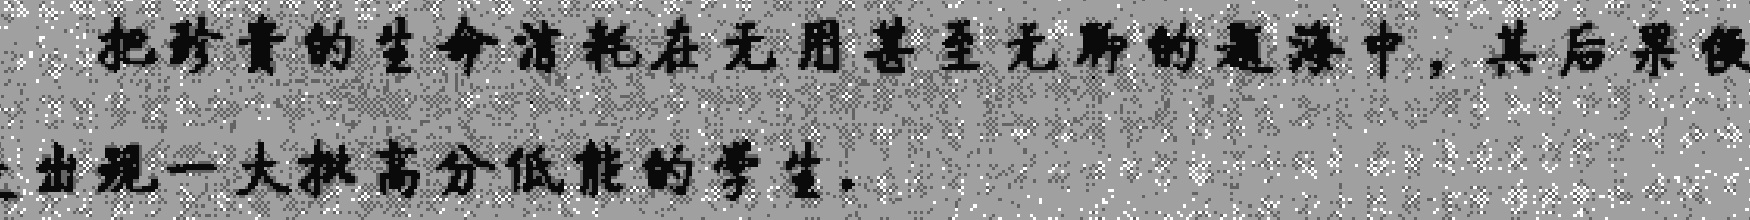
把珍贵的生命消耗在无用甚至无聊的题海中，其后果便出现一大批高分低能的学生.